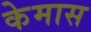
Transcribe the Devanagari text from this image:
केमास